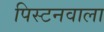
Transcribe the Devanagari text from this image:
पिस्टनवाला